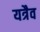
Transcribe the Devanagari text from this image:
यत्रैव